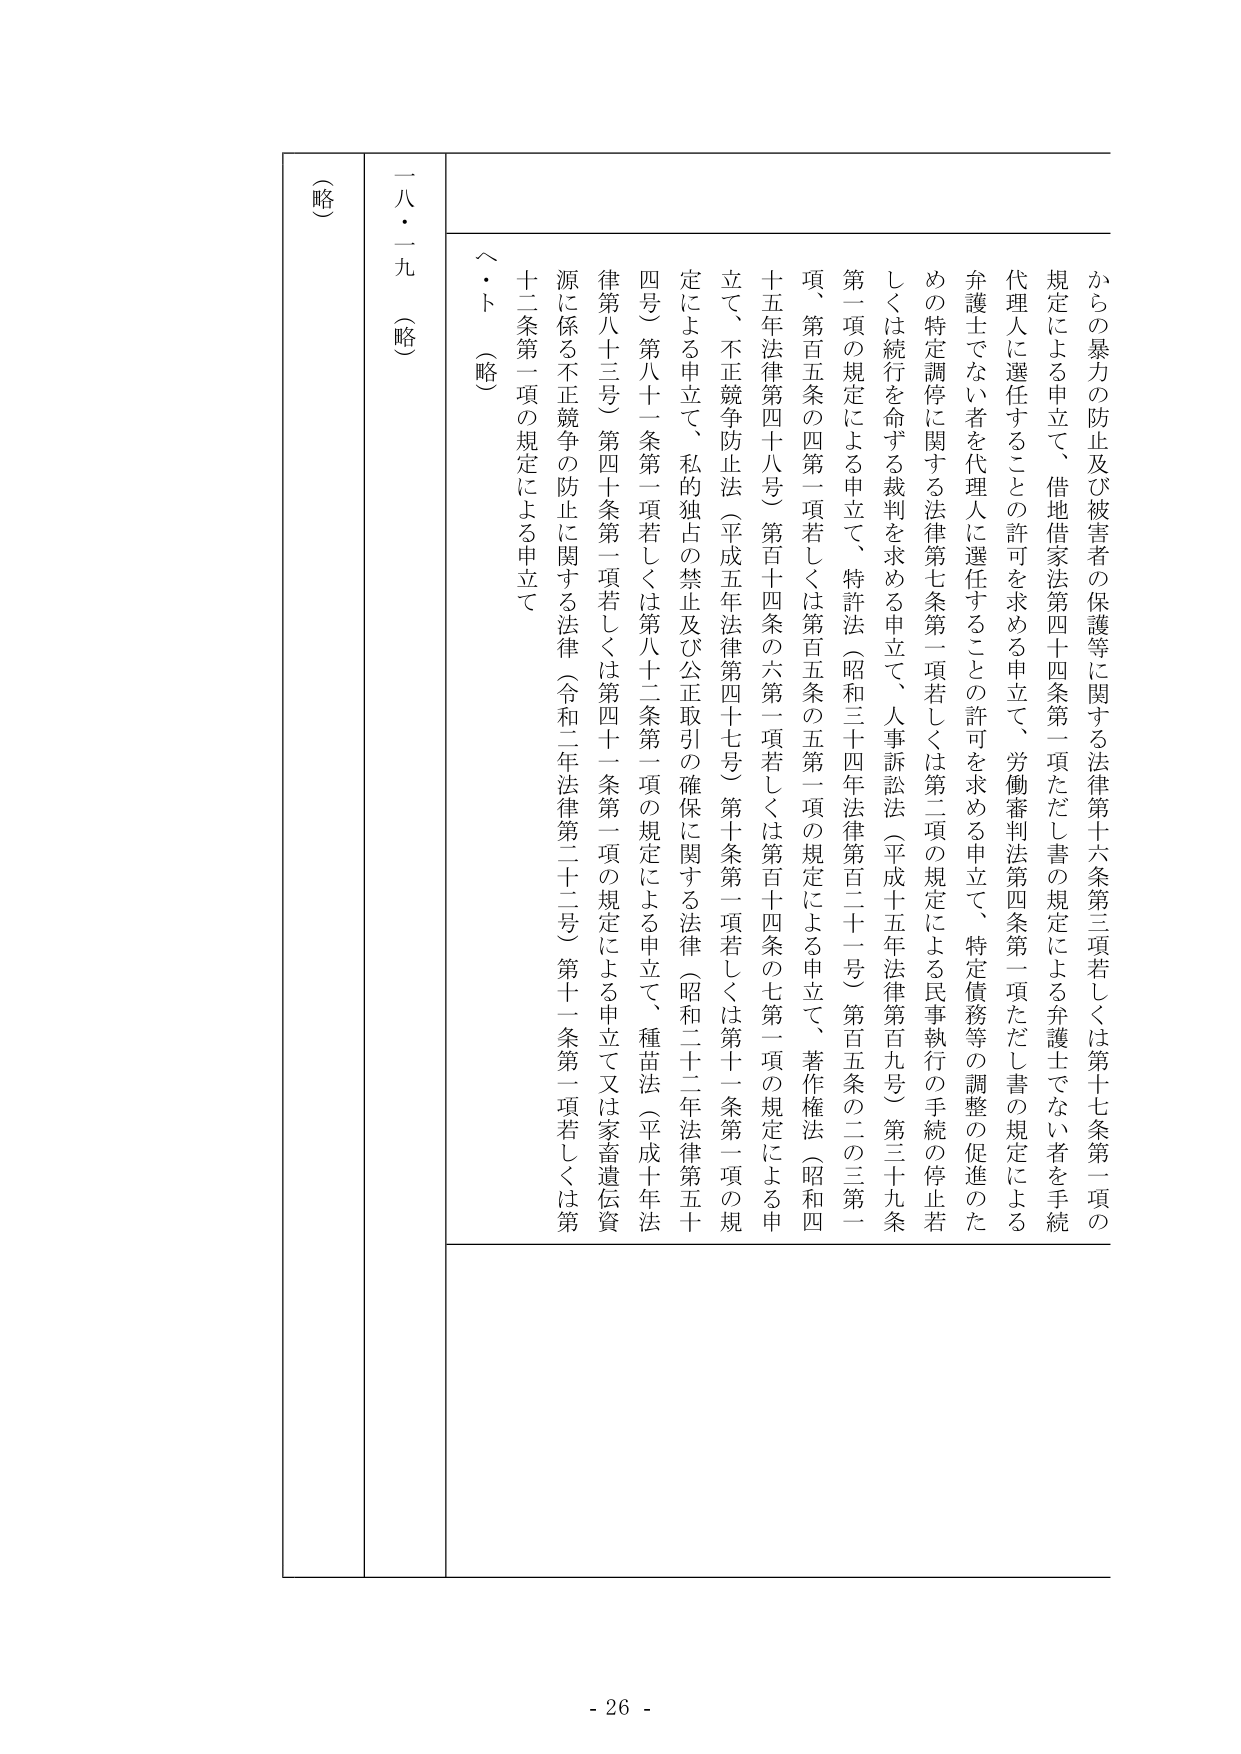
一八・一九（略）

（略）

からの暴力の防止及び被害者の保護等に関する法律第十六条第三項若しくは第十七条第一項の規定による申立て、借地借家法第四十四条第一項ただし書の規定による弁護士でない者を手続代理人に選任することの許可を求める申立て、労働審判法第四条第一項ただし書の規定による弁護士でない者を代理人に選任することの許可を求める申立て、特定債務等の調整の促進のための特定調停に関する法律第七条第一項若しくは第二項の規定による民事執行の手続の停止若しくは続行を命ずる裁判を求める申立て、人事訴訟法（平成十五年法律第百九号）第三十九条第一項の規定による申立て、特許法（昭和三十四年法律第百二十一号）第百五条の二の三第一項、第百五条の四第一項若しくは第百五条の五第一項の規定による申立て、著作権法（昭和四十五年法律第四十八号）第百十四条の六第一項若しくは第百十四条の七第一項の規定による申立て、不正競争防止法（平成五年法律第四十七号）第十条第一項若しくは第十一条第一項の規定による申立て、私的独占の禁止及び公正取引の確保に関する法律（昭和二十二年法律第五十四号）第八十一条第一項若しくは第八十二条第一項の規定による申立て、種苗法（平成十年法律第八十三条）第四十条第一項若しくは第四十一条第一項の規定による申立て又は家畜遺伝資源に係る不正競争の防止に関する法律（令和二年法律第二十二号）第十一条第一項若しくは第十二条第一項の規定による申立て

（・ト）（略）

- 26 -